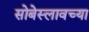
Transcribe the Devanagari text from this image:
सोबेस्लावच्या